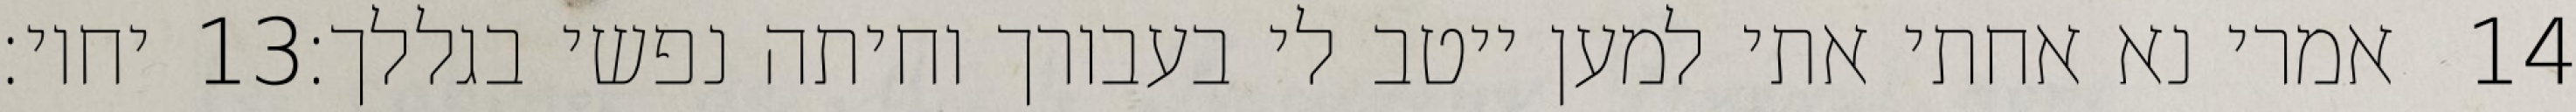
יחיו׃ ‎13‏ אמרי נא אחתי אתי למען ייטב לי בעבורך וחיתה נפשי בגללך׃ ‎14‏